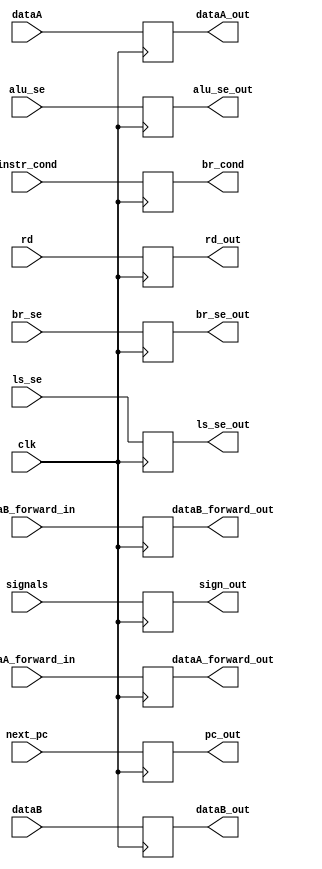
`timescale 1ns / 1ps
//////////////////////////////////////////////////////////////////////////////////
// Company: 
// Engineer: 
// Design Name: 
// Module Name:    decode_latch 
// Project Name:
// Description:
//////////////////////////////////////////////////////////////////////////////////
module decode_latch(
//input control signals in the future
			input clk,
			input [31:0] next_pc,
			input [31:0] dataA, dataB,
			input [31:0] br_se,             //branch sign extended   
			input [31:0] ls_se,             //load / store sign extended
			input [31:0] alu_se,            // alu sign extended
			input [3:0]  rd,
			input [10:0] signals,
			input [3:0] instr_cond,
			input [3:0] dataA_forward_in, dataB_forward_in,
			//input [4:0]  rd, for immediate type
			output reg [31:0] pc_out,
			output reg [31:0] dataA_out, dataB_out,
			output reg [31:0] br_se_out,
			output reg [31:0] ls_se_out,
			output reg [31:0] alu_se_out,
			output reg [3:0] rd_out,
			output reg [10:0] sign_out,
			output reg [3:0] br_cond,
			output reg [3:0] dataA_forward_out, dataB_forward_out
					);
					
		always @ (posedge clk)
		begin
		pc_out <= next_pc;
		dataA_out <= dataA;
		dataB_out <= dataB;
		br_se_out <= br_se;
		ls_se_out <= ls_se;
		alu_se_out <= alu_se;
		rd_out <= rd;
		sign_out <= signals;
		br_cond <= instr_cond;
		dataA_forward_out <= dataA_forward_in;
		dataB_forward_out <= dataB_forward_in;
		end
endmodule
//still need to add control signals